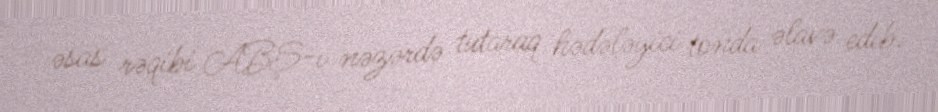
əsas rəqibi ABŞ-ı nəzərdə tutaraq hədələyici tonda əlavə edib.